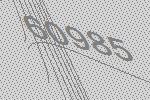
60985